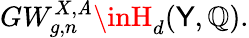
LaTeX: GW_{g,n}^{X,\mathit{A}}\inH_{d}(\mathsf{Y},\mathbb{{Q}}).